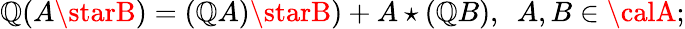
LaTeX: \mathbb{Q}(A\starB)=(\mathbb{Q}A)\starB)+A\star(\mathbb{Q}B),~~A,B\in{\calA};